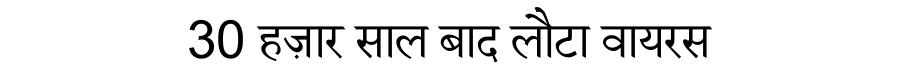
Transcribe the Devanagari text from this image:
30 हज़ार साल बाद लौटा वायरस